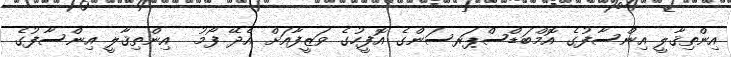
އިންތިޤާލީ އިންސާފުގެ އޮމްބަޑްސްޕަރސަންގެ އޮފީހުގެ ވަޒީފާއަށް އެދޭ ފޯމު  އިންތިޤާލީ އިންސާފުގެ